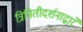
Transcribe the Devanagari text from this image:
त्रिमितीदर्शनाद्वारे